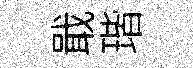
戢瑎